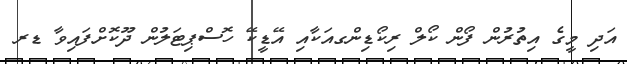
އަދި މީގެ އިތުރުން ފޯން ކޯލް ރިކޯޑިންގއަކާއި އޭޑީކޭ ހޮސްޕިޓަލުން ދޫކޮށްފައިވާ ޑރ